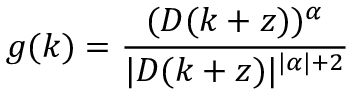
g ( k ) = \frac { ( D ( k + z ) ) ^ { \alpha } } { | D ( k + z ) | ^ { | \alpha | + 2 } }